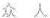
众 人